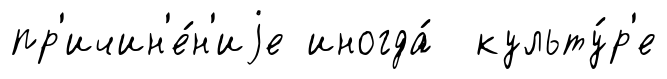
пр'ичин'е́н'иjе иногда́ культу́р'е